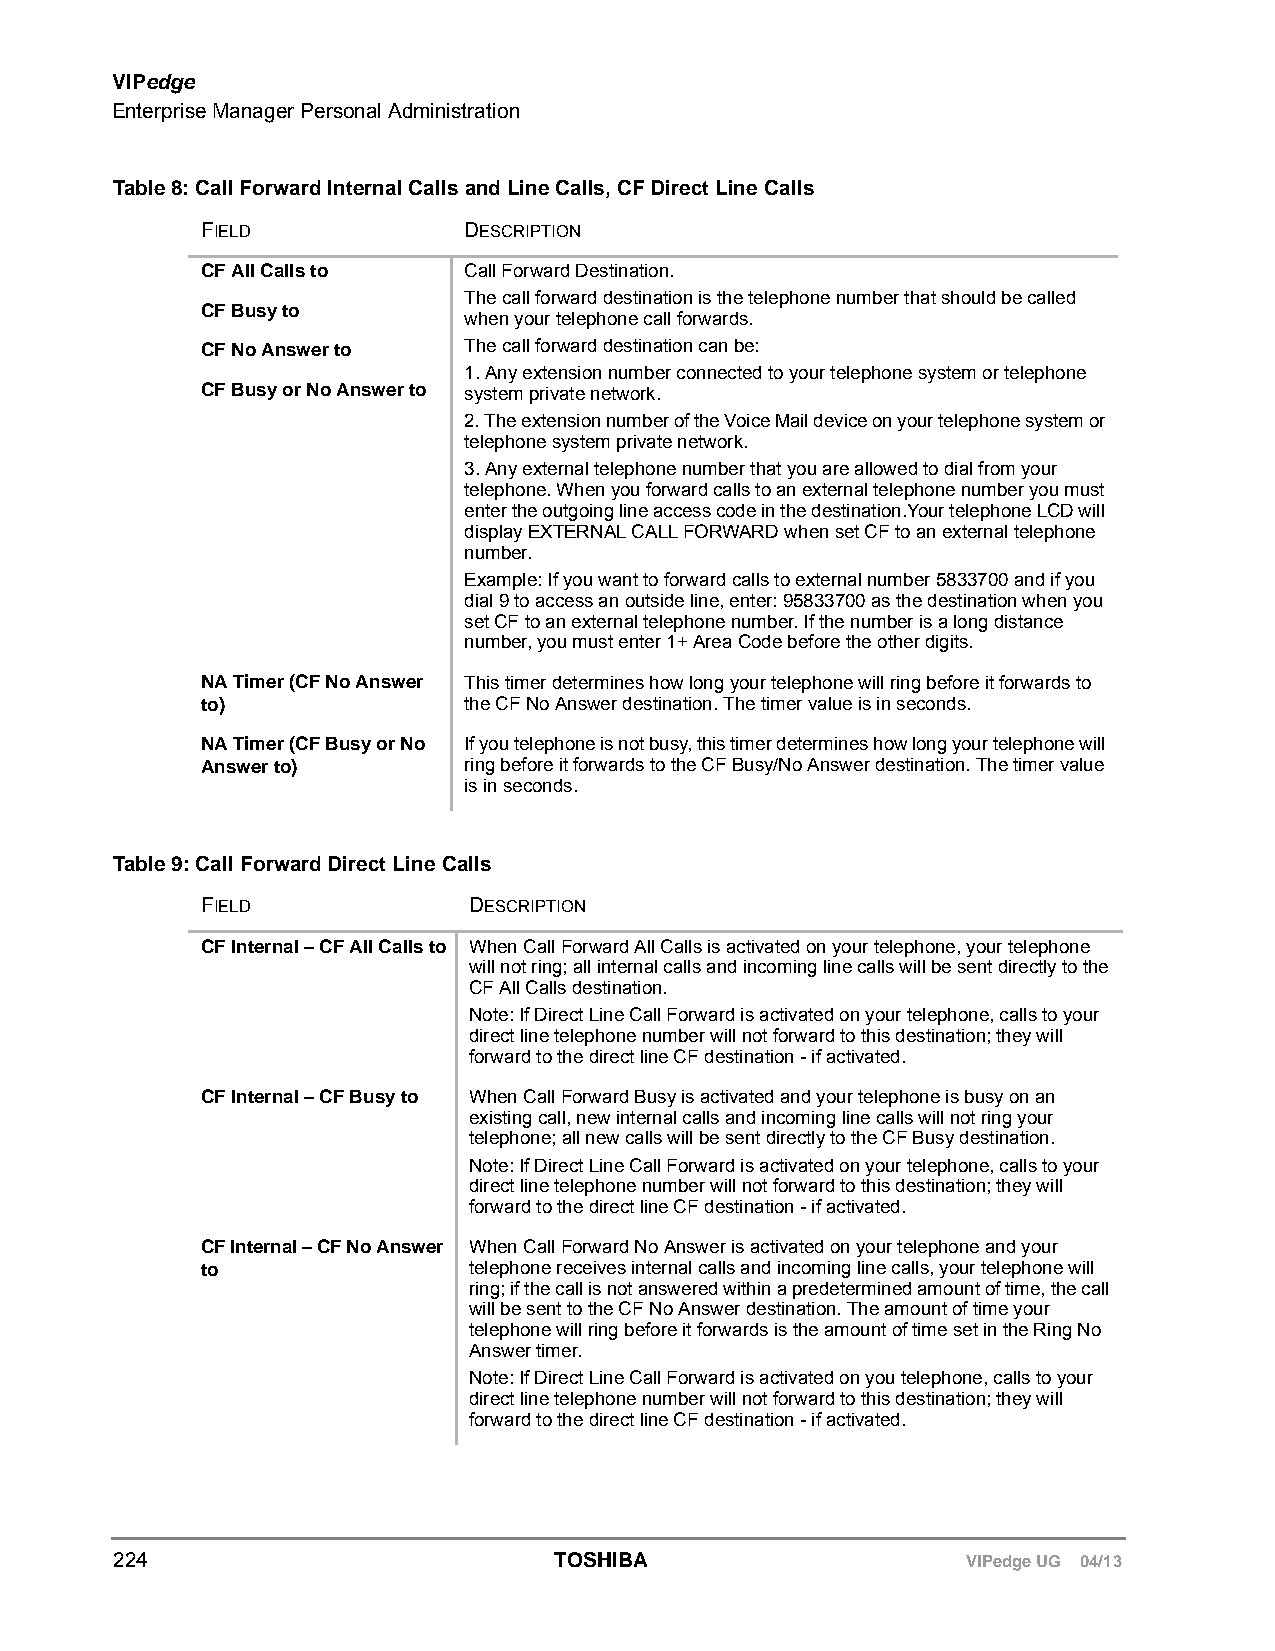
VIPedge
 Enterprise Manager Personal Administration
 Table 8: Call Forward Internal Calls and Line Calls, CF Direct Line Calls
 FIELD             DESCRIPTION
 CF All Calls to   Call Forward Destination.
 The call forward destination is the telephone number that should be called
 CF Busy to
 when your telephone call forwards.
 CF No Answer to   The call forward destination can be:
 1. Any extension number connected to your telephone system or telephone
 CF Busy or No Answer to system private network.
 2. The extension number of the Voice Mail device on your telephone system or
 telephone system private network.
 3. Any external telephone number that you are allowed to dial from your
 telephone. When you forward calls to an external telephone number you must
 enter the outgoing line access code in the destination.Your telephone LCD will
 display EXTERNAL CALL FORWARD when set CF to an external telephone
 number.
 Example: If you want to forward calls to external number 5833700 and if you
 dial 9 to access an outside line, enter: 95833700 as the destination when you
 set CF to an external telephone number. If the number is a long distance
 number, you must enter 1+ Area Code before the other digits.
 NA Timer (CF No Answer This timer determines how long your telephone will ring before it forwards to
 to)               the CF No Answer destination. The timer value is in seconds.
 NA Timer (CF Busy or No If you telephone is not busy, this timer determines how long your telephone will
 Answer to)        ring before it forwards to the CF Busy/No Answer destination. The timer value
 is in seconds.
 Table 9: Call Forward Direct Line Calls
 FIELD             DESCRIPTION
 CF Internal – CF All Calls to When Call Forward All Calls is activated on your telephone, your telephone
 will not ring; all internal calls and incoming line calls will be sent directly to the
 CF All Calls destination.
 Note: If Direct Line Call Forward is activated on your telephone, calls to your
 direct line telephone number will not forward to this destination; they will
 forward to the direct line CF destination - if activated.
 CF Internal – CF Busy to When Call Forward Busy is activated and your telephone is busy on an
 existing call, new internal calls and incoming line calls will not ring your
 telephone; all new calls will be sent directly to the CF Busy destination.
 Note: If Direct Line Call Forward is activated on your telephone, calls to your
 direct line telephone number will not forward to this destination; they will
 forward to the direct line CF destination - if activated.
 CF Internal – CF No Answer When Call Forward No Answer is activated on your telephone and your
 to                telephone receives internal calls and incoming line calls, your telephone will
 ring; if the call is not answered within a predetermined amount of time, the call
 will be sent to the CF No Answer destination. The amount of time your
 telephone will ring before it forwards is the amount of time set in the Ring No
 Answer timer.
 Note: If Direct Line Call Forward is activated on you telephone, calls to your
 direct line telephone number will not forward to this destination; they will
 forward to the direct line CF destination - if activated.
 224                          TOSHIBA                    VIPedge UG 04/13